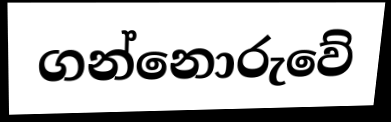
ගන්නොරුවේ